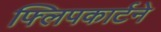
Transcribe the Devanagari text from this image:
फ्लिपकार्टने